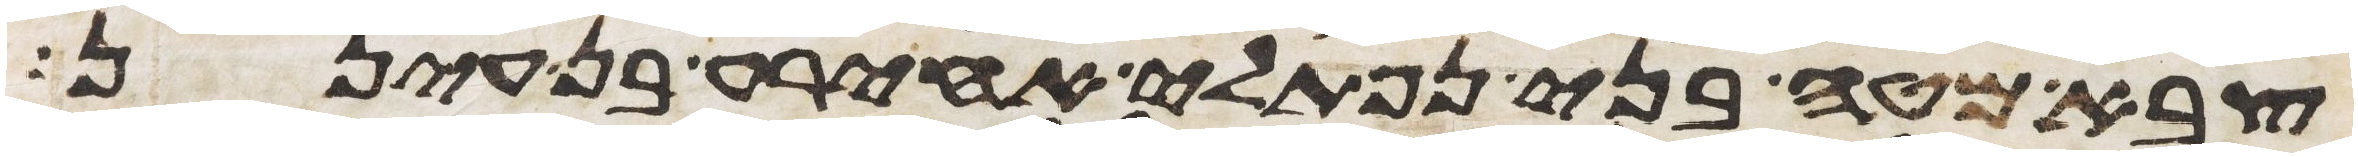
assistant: צבא מטה בני נפתלי אחירע בן עינן